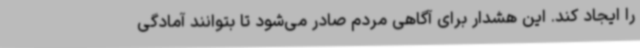
را ایجاد کند. این هشدار برای آگاهی مردم صادر می‌شود تا بتوانند آمادگی